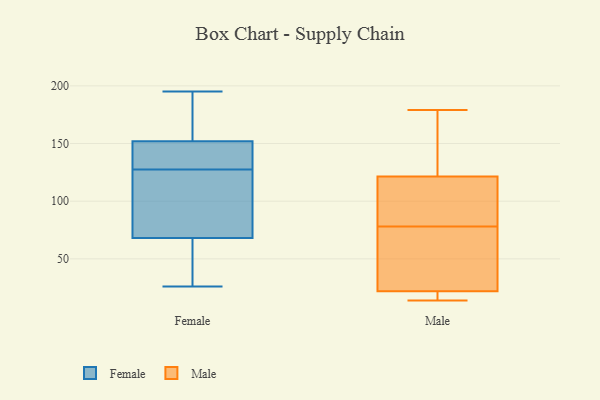
{"axis": {"x": "Budget (USD K)", "y": "Value"}, "legend": ["Female", "Male"], "data": [{"x": "", "y": 173, "type": "Female"}, {"x": "", "y": 141, "type": "Female"}, {"x": "", "y": 68, "type": "Female"}, {"x": "", "y": 159, "type": "Female"}, {"x": "", "y": 113, "type": "Female"}, {"x": "", "y": 140, "type": "Female"}, {"x": "", "y": 139, "type": "Female"}, {"x": "", "y": 116, "type": "Female"}, {"x": "", "y": 195, "type": "Female"}, {"x": "", "y": 68, "type": "Female"}, {"x": "", "y": 33, "type": "Female"}, {"x": "", "y": 26, "type": "Female"}, {"x": "", "y": 82, "type": "Female"}, {"x": "", "y": 152, "type": "Female"}, {"x": "", "y": 179, "type": "Male"}, {"x": "", "y": 23, "type": "Male"}, {"x": "", "y": 116, "type": "Male"}, {"x": "", "y": 81, "type": "Male"}, {"x": "", "y": 111, "type": "Male"}, {"x": "", "y": 35, "type": "Male"}, {"x": "", "y": 14, "type": "Male"}, {"x": "", "y": 21, "type": "Male"}, {"x": "", "y": 167, "type": "Male"}, {"x": "", "y": 127, "type": "Male"}, {"x": "", "y": 75, "type": "Male"}, {"x": "", "y": 17, "type": "Male"}]}